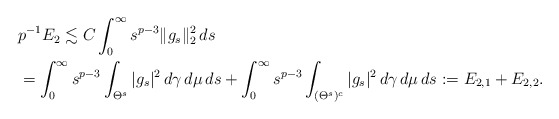
\begin{align*}&p^{-1}E_2\lesssim C \int_0^{\infty}s^{p-3}\|g_{s}\|_2^2\,ds\\&=\int_0^{\infty}s^{p-3}\int_{\Theta^{s}}|g_{s}|^2\,d\gamma\,d\mu\,ds+\int_0^{\infty}s^{p-3}\int_{(\Theta^{s})^c}|g_{s}|^2\,d\gamma\,d\mu\,ds:= E_{2,1}+E_{2,2}.\end{align*}